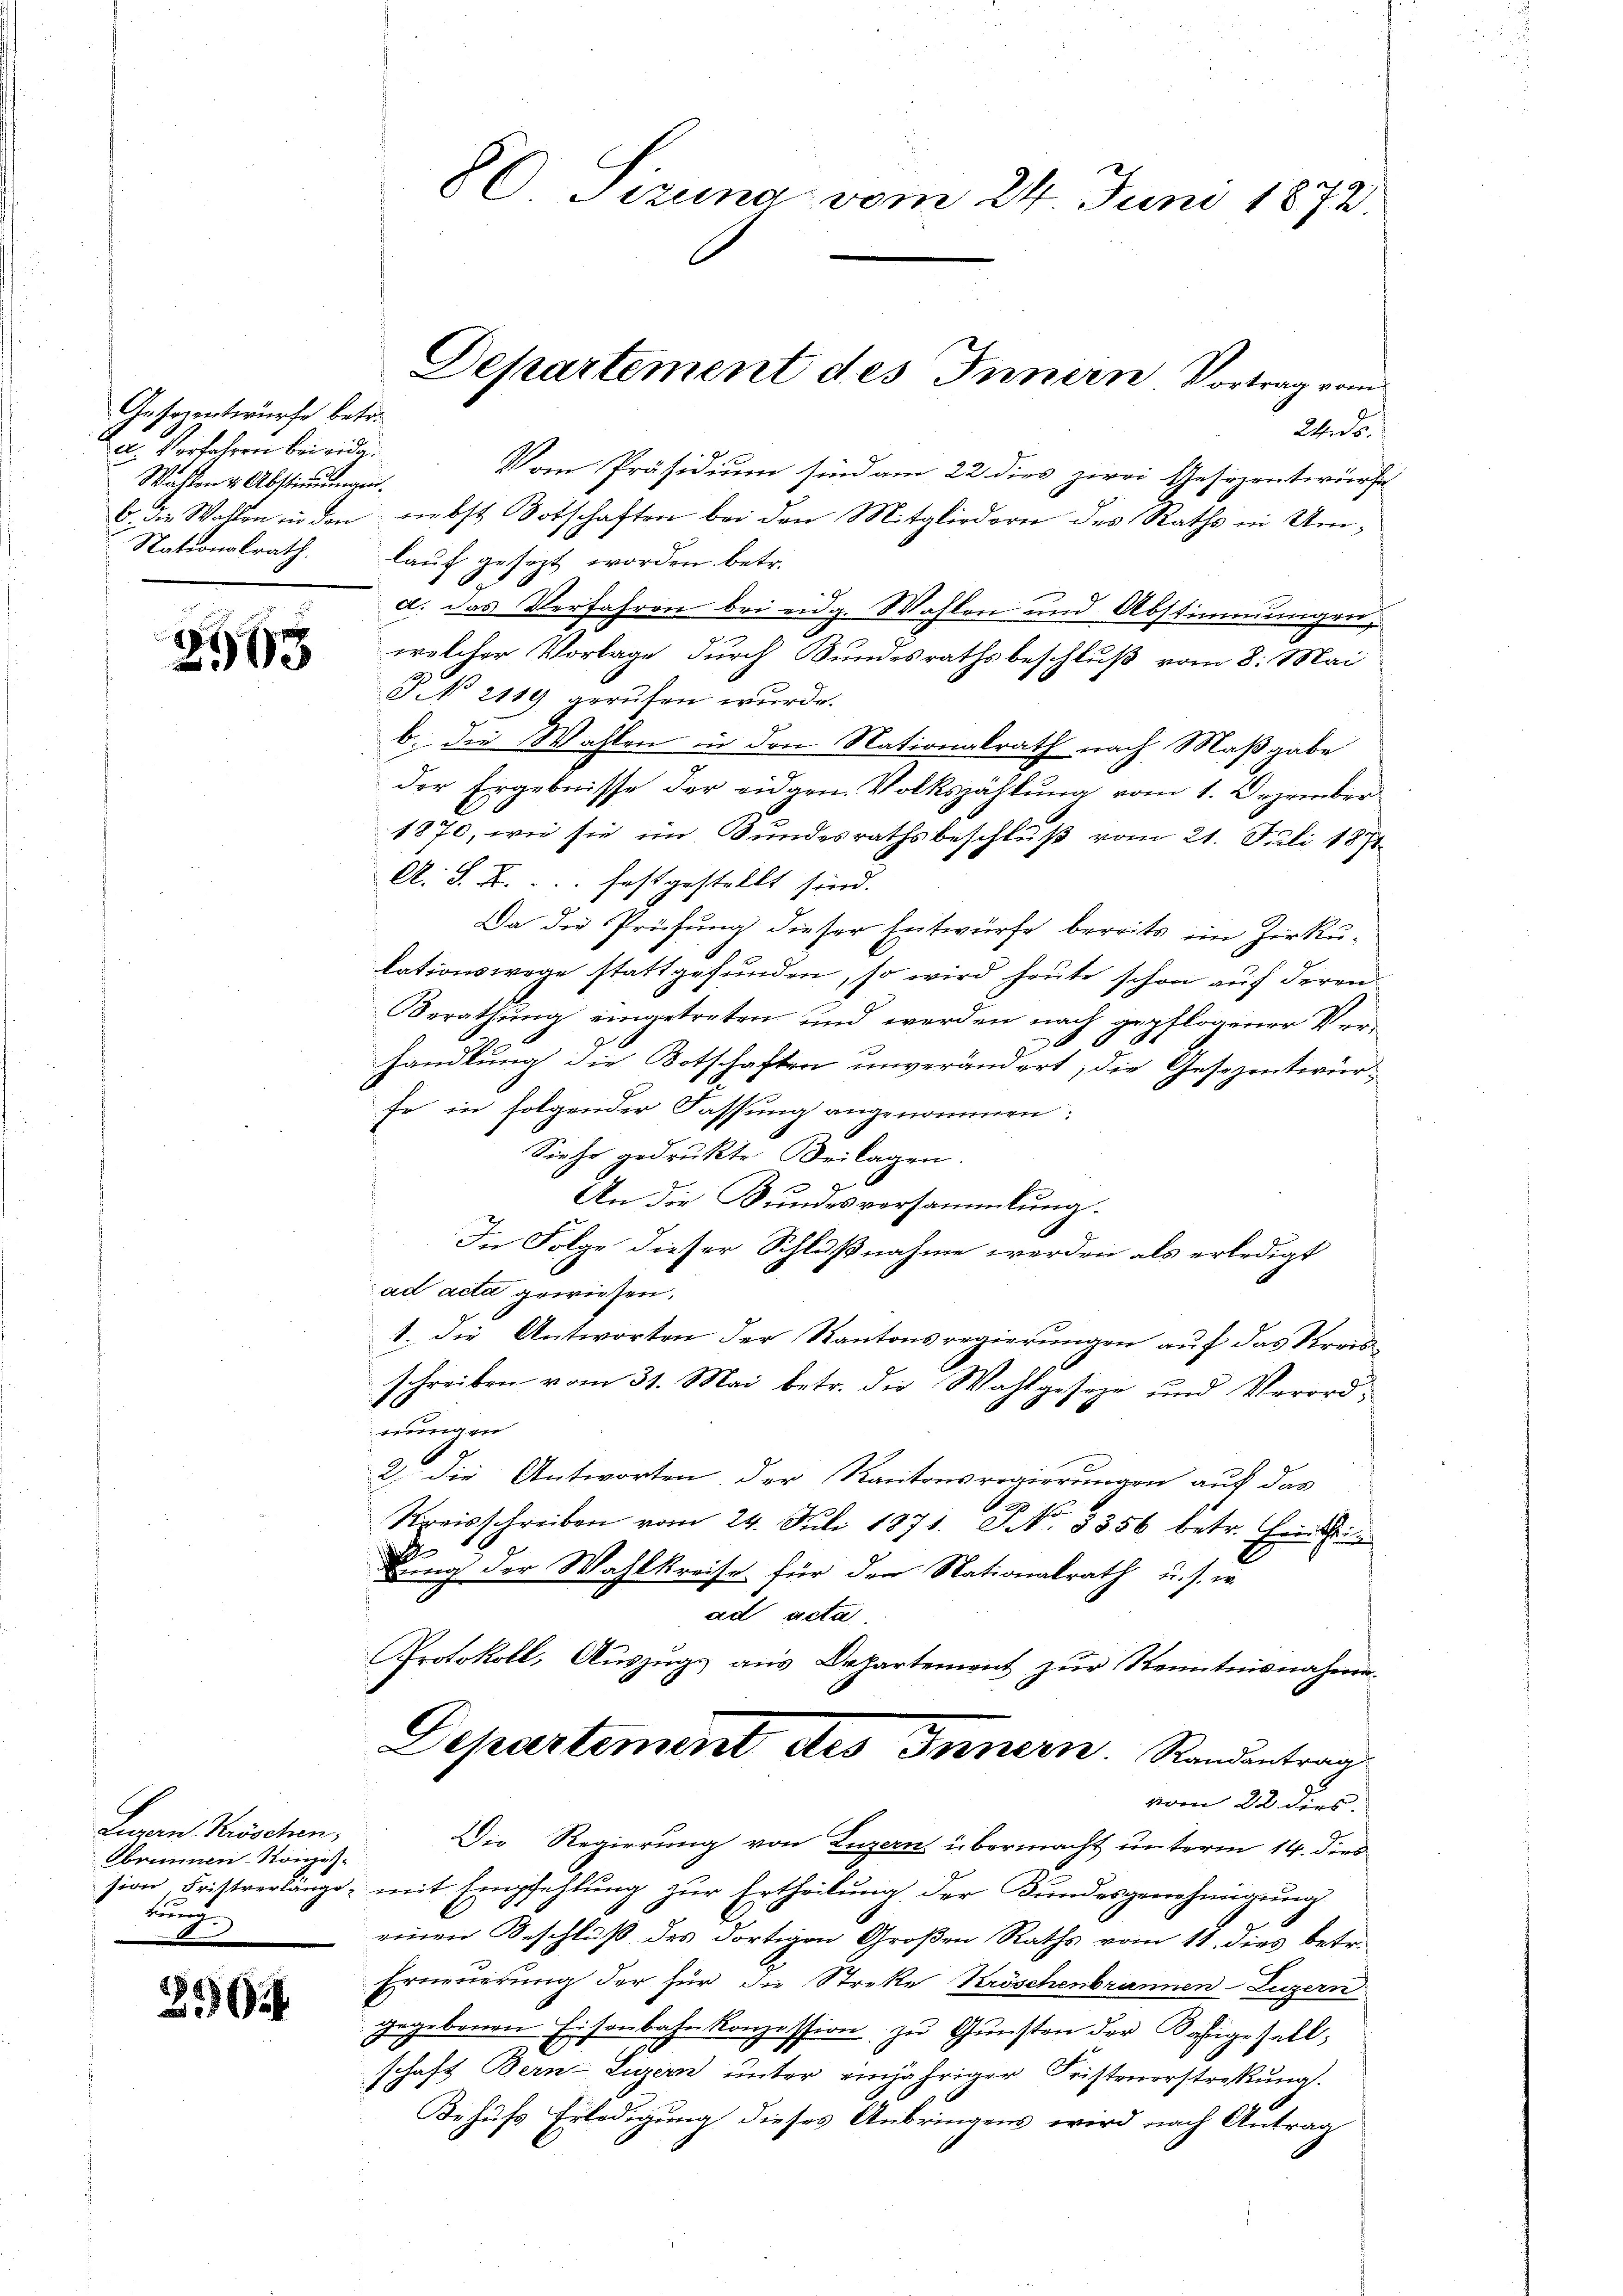
Gesanntwürfe betr.
u. Verfahren bei eidg.
Wahlen & Abstimmungen.

2968

Lugan Bischen,
Abrunnen-Konzesrund

2

86 Sizung vom 24. Juni 1872.

Departement des Innern Vortrag vom

24. ds.
Vom Präsidium sind am 22 dies zwei Gesezentwurfe
b. die Wollen in den nebst Botschaften bei den Mitgliedern des Raths in Um¬
Nationalrath. lauf gesezt worden betr.
d. das Verfahren bei eidg. Wahlen und Abstimmungen
welcher Vorlage durch Bundesrathsbeschluß vom 8. Mai
PN 2119 gerufen wurde.
b. die Wahlen in den Nationalrath nach Maßgabe
der Ergebnisse der eidgen. Volkszählung vom 1. Dezember
1870, wie sie im Bundesrathsbeschluß vom 21. Juli 1871
A. S. B. festgestellt sind. |
Da die Prüfung dieser Entwürfe bereits im Zirku-
lationswege stattgefunden, so wird heute schon auf deren
Berathung eingetreten und werden nach gepflogener Ver¬
1
handlung die Botschaften unverändert, die Gesezentirur¬
Er in folgender Fassung angenommen:
Siehe gedrukte Beilagen.
An die Bundesversammlung.
In Folge dieser Schlußnahme werden als erledigt
ad acta gewiesen.
1. die Antworten der Kantonsregierungen auf das Kreisschreiben vom 31. Mai betr. die Wahlgeseze und Verord¬
8
nungen
2. Die Antworten der Kantonsregierungen auf das
Kreisschreiben vom 24. Juli 1871. No. 5356 betr. Einsi
.
dung der Wahlkreise für der Nationalrath u. s. w.
ad acta
Protokoll, Auszugs aus Departement zur Kenntnisnahme¬
Departement des Innern. Randantrag
vom 22. dies
Die Regierung von Luzern übermacht unterm 14. die
sion Fristverlänge mit Empfehlung zur Ertheilung der Bundesgenehmigung
einen Beschluß des dortigen Großen Raths vom 11. dies betr.
Erneuerung der für die Streke Kröschenbrunnen-Luzern
gegebenen Eisenbahnkonzession zu Gunsten der Fähigesell,
schaft Bern-Luzern unter einjähriger Fristenerstreckung.
.
Behufs Erledigung dieses Anbringens wird nach Antrag